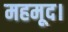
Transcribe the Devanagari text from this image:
महमूद।